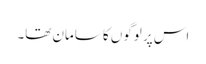
اس پر لوگوں کا سامان تھا۔